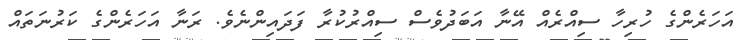
އަހަރެންގެ ހުރިހާ ސިއްރެއް އޭނާ އަބަދުވެސް ސިއްރުކުރާ ފަދައިންނެވެ. ރަނާ އަހަރެންގެ ކަރުނަތައް